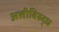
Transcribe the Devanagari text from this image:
अलीविरुद्ध